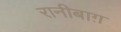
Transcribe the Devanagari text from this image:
रानीबाग़